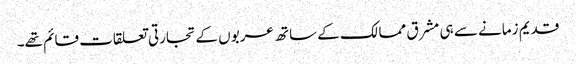
قدیم زمانے سے ہی مشرق ممالک کے ساتھ عربوں کے تجارتی تعلقات قائم تھے۔